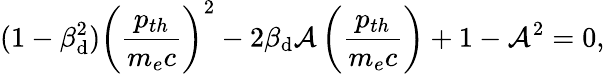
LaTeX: (1-\beta_{\mathrm{d}}^{2})\left(\frac{{p_{th}}}{{m_{e}c}}\right)^{2}-2\beta_{\mathrm{d}}\mathcal{{A}}\left(\frac{{p_{th}}}{{m_{e}c}}\right)+1-\mathcal{{A}}^{2}=0,